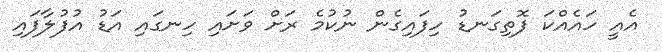
އެއީ ހައެއްކަ ފޮތިގަނޑު ހިފައިގެން ނުކުމެ ރަށް ވަށައި ހިނގައި އަޑު އުފުލާފައި